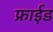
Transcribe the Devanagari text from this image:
फ्राईड